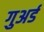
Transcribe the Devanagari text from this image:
गुअर्ड